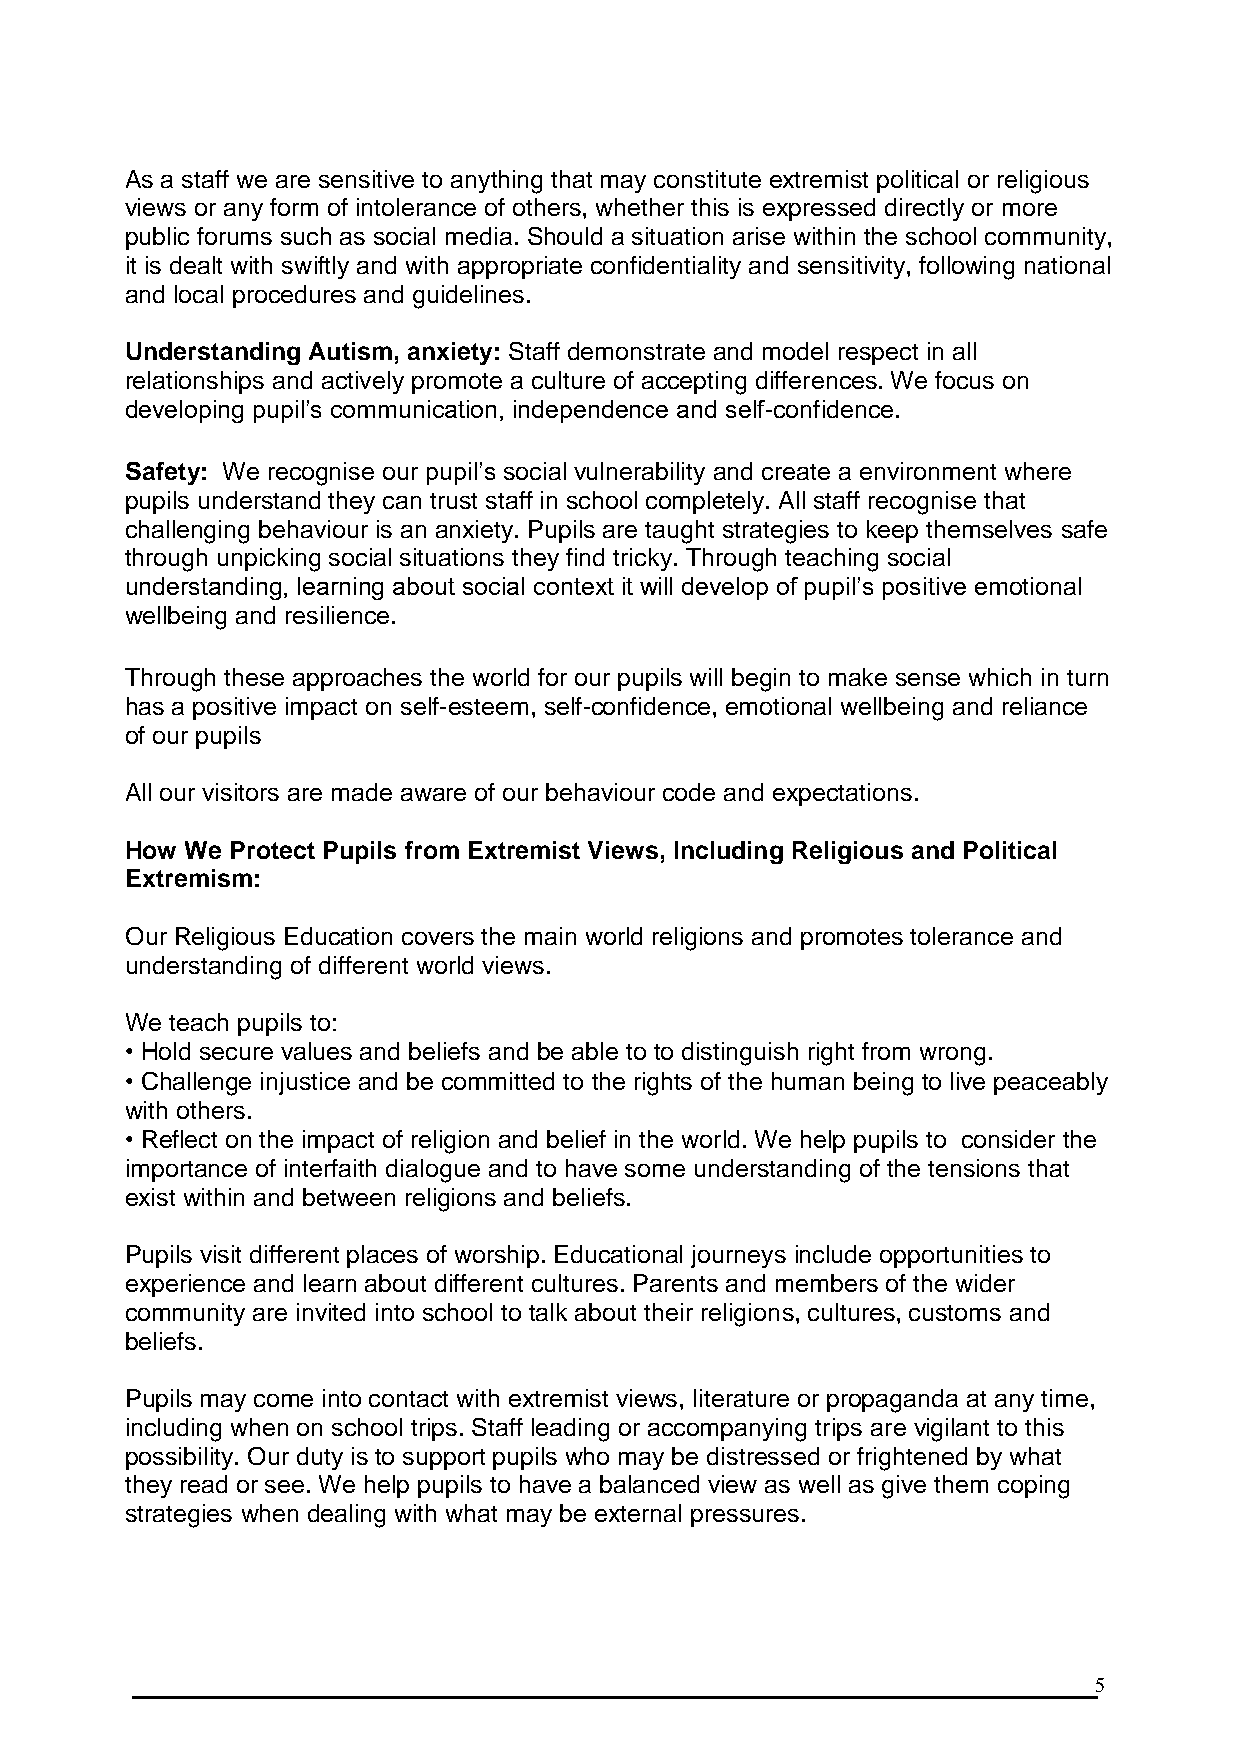
As a staff we are sensitive to anything that may constitute extremist political or religious
 views or any form of intolerance of others, whether this is expressed directly or more
 public forums such as social media. Should a situation arise within the school community,
 it is dealt with swiftly and with appropriate confidentiality and sensitivity, following national
 and local procedures and guidelines.
 Understanding Autism, anxiety: Staff demonstrate and model respect in all
 relationships and actively promote a culture of accepting differences. We focus on
 developing pupil’s communication, independence and self-confidence.
 Safety: We recognise our pupil’s social vulnerability and create a environment where
 pupils understand they can trust staff in school completely. All staff recognise that
 challenging behaviour is an anxiety. Pupils are taught strategies to keep themselves safe
 through unpicking social situations they find tricky. Through teaching social
 understanding, learning about social context it will develop of pupil’s positive emotional
 wellbeing and resilience.
 Through these approaches the world for our pupils will begin to make sense which in turn
 has a positive impact on self-esteem, self-confidence, emotional wellbeing and reliance
 of our pupils
 All our visitors are made aware of our behaviour code and expectations.
 How We Protect Pupils from Extremist Views, Including Religious and Political
 Extremism:
 Our Religious Education covers the main world religions and promotes tolerance and
 understanding of different world views.
 We teach pupils to:
 • Hold secure values and beliefs and be able to to distinguish right from wrong.
 • Challenge injustice and be committed to the rights of the human being to live peaceably
 with others.
 • Reflect on the impact of religion and belief in the world. We help pupils to consider the
 importance of interfaith dialogue and to have some understanding of the tensions that
 exist within and between religions and beliefs.
 Pupils visit different places of worship. Educational journeys include opportunities to
 experience and learn about different cultures. Parents and members of the wider
 community are invited into school to talk about their religions, cultures, customs and
 beliefs.
 Pupils may come into contact with extremist views, literature or propaganda at any time,
 including when on school trips. Staff leading or accompanying trips are vigilant to this
 possibility. Our duty is to support pupils who may be distressed or frightened by what
 they read or see. We help pupils to have a balanced view as well as give them coping
 strategies when dealing with what may be external pressures.
 5